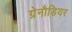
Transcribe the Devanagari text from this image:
ग्रेनौडियर